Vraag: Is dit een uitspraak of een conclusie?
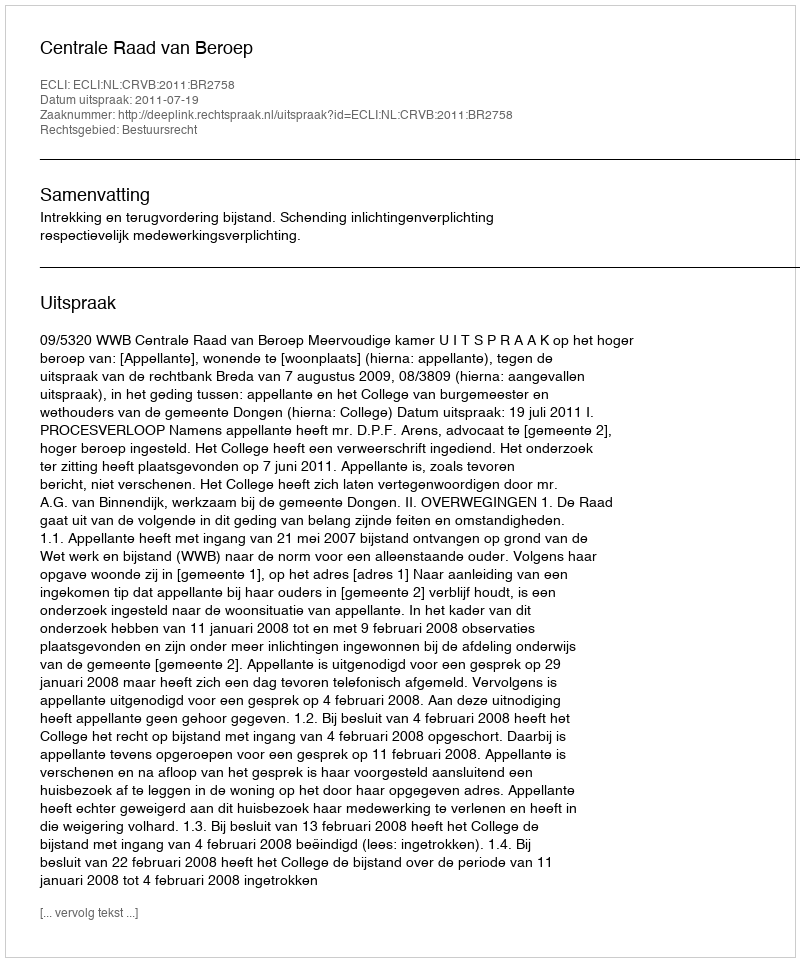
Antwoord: Uitspraak